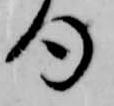
句